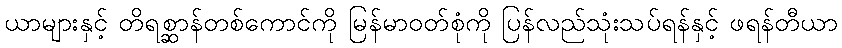
ယာများနှင့် တိရစ္ဆာန်တစ်ကောင်ကို မြန်မာဝတ်စုံကို ပြန်လည်သုံးသပ်ရန်နှင့် ဖရန်တီယာ